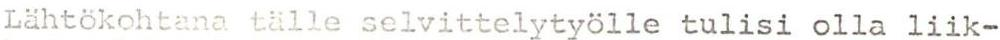
Lähtökohtana tälle selvittelytyölle tulisi olla liik-